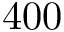
4 0 0